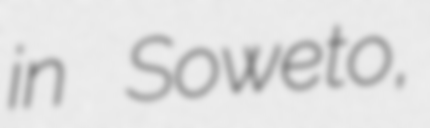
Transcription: in Soweto,